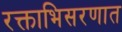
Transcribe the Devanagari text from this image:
रक्ताभिसरणात